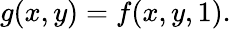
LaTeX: g(x,y)=f(x,y,1).